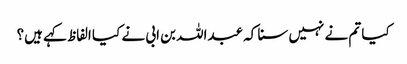
کیا تم نے نہیں سنا کہ عبداللہ بن ابی نے کیا الفاظ کہے ہیں؟